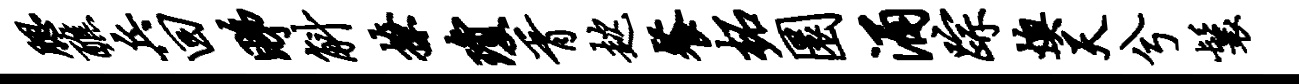
腮醮兵回睇斛撩琼胥趑餐柘圜涌踪燠天兮鬟